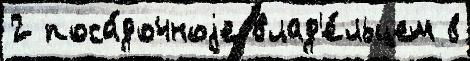
2 поса́дочноjе влад'е́льцем 8